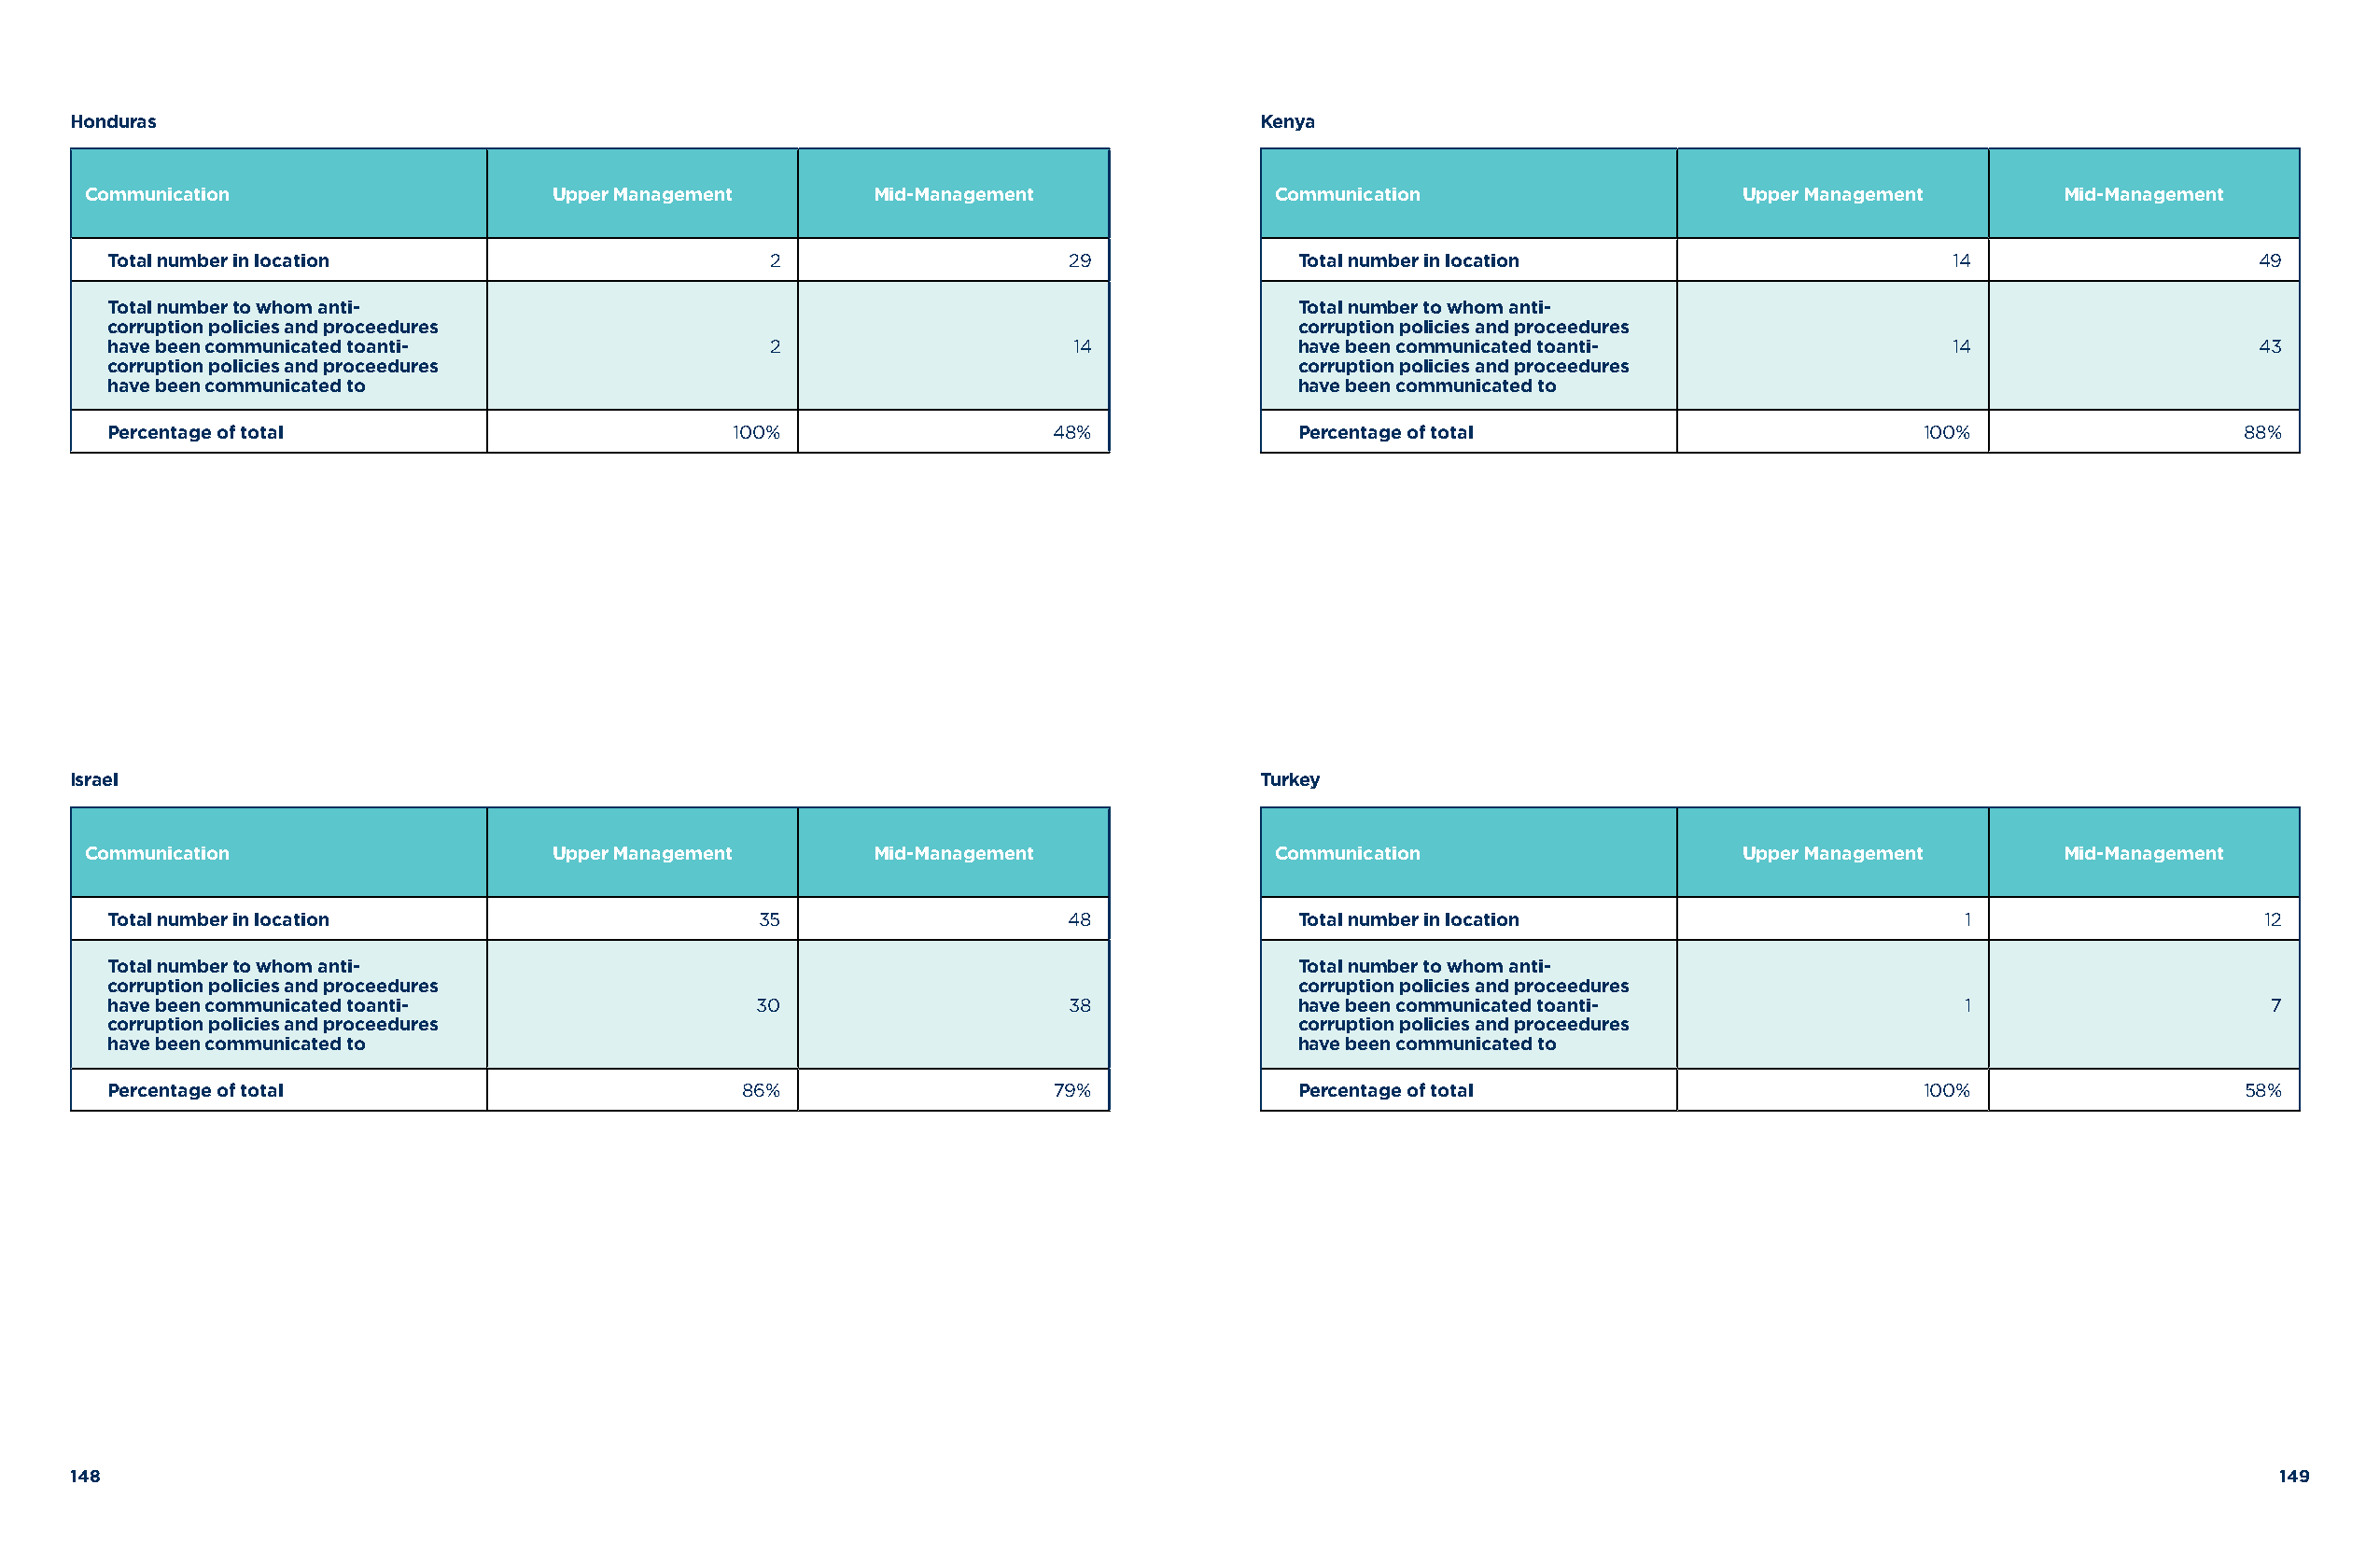
Honduras                                                                            Kenya
 Communication                    Upper Management       Mid-Management              Communication                     Upper Management      Mid-Management
 Total number in location                       2                    29              Total number in location                      14                    49
 Total number to whom anti-                                                          Total number to whom anti-
 corruption policies and proceedures                                                 corruption policies and proceedures
 have been communicated toanti-                 2                    14              have been communicated toanti-                14                    43
 corruption policies and proceedures                                                 corruption policies and proceedures
 have been communicated to                                                           have been communicated to
 Percentage of total                         100%                   48%              Percentage of total                         100%                   88%
 Israel                                                                              Turkey
 Communication                    Upper Management       Mid-Management              Communication                     Upper Management      Mid-Management
 Total number in location                      35                    48              Total number in location                       1                     12
 Total number to whom anti-                                                          Total number to whom anti-
 corruption policies and proceedures                                                 corruption policies and proceedures
 have been communicated toanti-                30                    38              have been communicated toanti-                 1                     7
 corruption policies and proceedures                                                 corruption policies and proceedures
 have been communicated to                                                           have been communicated to
 Percentage of total                          86%                   79%              Percentage of total                         100%                   58%
 148                                                                                                                                                          149